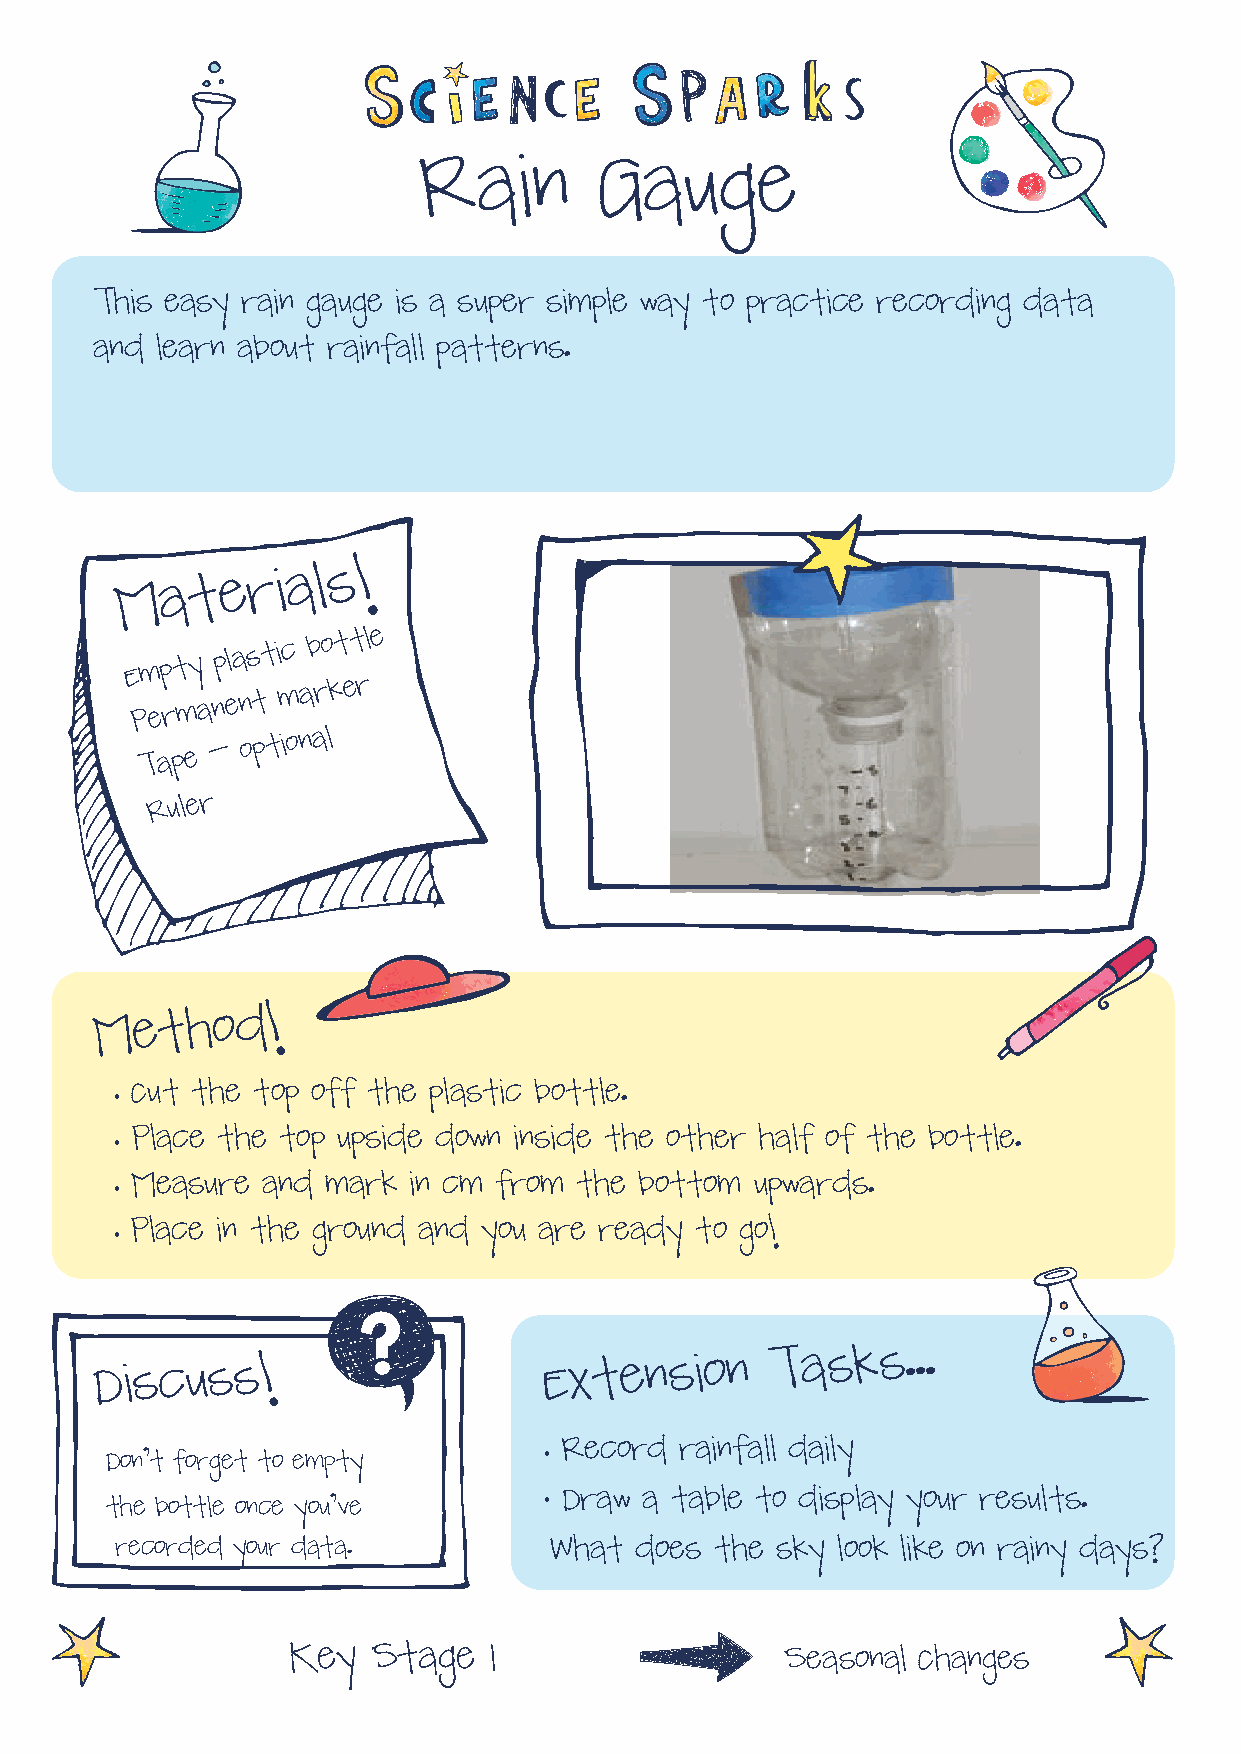
Rain        Gauge
 This easy rain gauge is a super simple way to practice recording data
 and learn about rainfall patterns.
 Materials!
 Empty
 plastic
 bottle
 Permanent
 marker
 Tape -
 optional
 Ruler
 Method!
 •
 Cut the top off the plastic bottle.
 •
 Place the top upside down inside the other half of the bottle.
 •
 Measure and  mark in cm from the bottom  upwards.
 •
 Place in the ground and you are ready to go!
 Discuss!                      Extension
 Tasks...
 •
 Record  rainfall daily
 Don’t forget to empty
 •
 Draw a table to display your results.
 the bottle once you’ve
 recorded your data.         What  does the sky look like on rainy days?
 Key   Stage  1                   Seasonal Changes